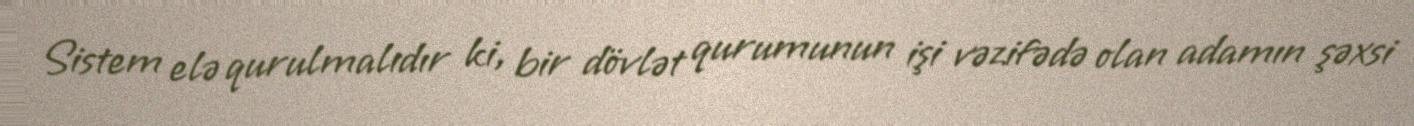
Sistem elə qurulmalıdır ki, bir dövlət qurumunun işi vəzifədə olan adamın şəxsi